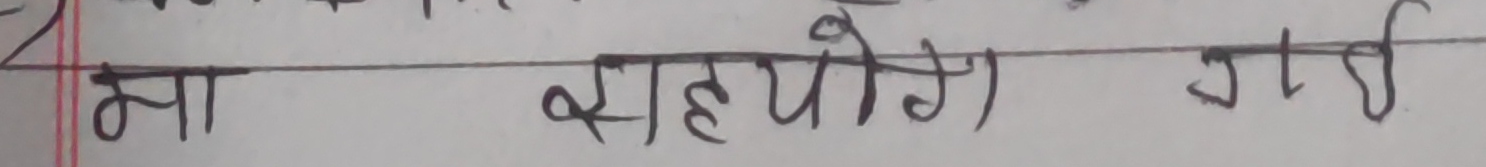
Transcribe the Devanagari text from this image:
ना सहयोग गडी